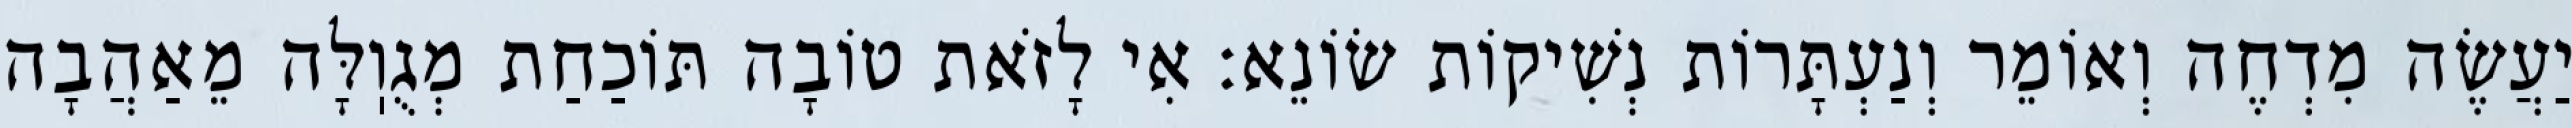
יַעֲשֶׂה מִדְחֶה וְאוֹמֵר וְנַעְתָּרוֹת נְשִׁיקוֹת שׂוֹנֵא: אִי לָזֹאת טוֹבָה תּוֹכַחַת מְגֻוֽלָּה מֵאַהֲבָה